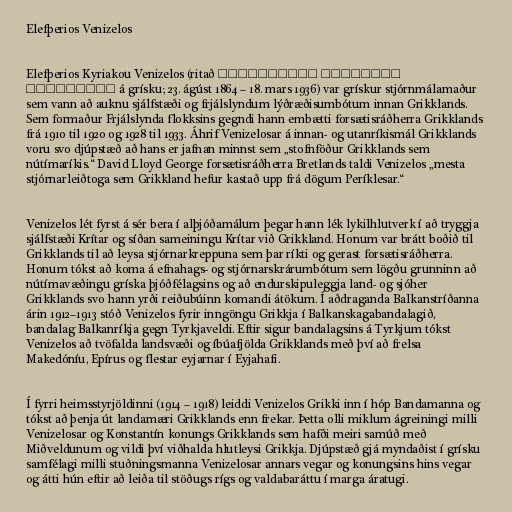
Elefþerios Venizelos

Elefþerios Kyriakou Venizelos (ritað Ελευθέριος Κυριάκου
Βενιζέλος á grísku; 23. ágúst 1864 – 18. mars 1936) var grískur stjórnmálamaður
sem vann að auknu sjálfstæði og frjálslyndum lýðræðisumbótum innan Grikklands.
Sem formaður Frjálslynda flokksins gegndi hann embætti forsætisráðherra Grikklands
frá 1910 til 1920 og 1928 til 1933. Áhrif Venizelosar á innan- og utanríkismál Grikklands
voru svo djúpstæð að hans er jafnan minnst sem „stofnföður Grikklands sem
nútímaríkis.“ David Lloyd George forsætisráðherra Bretlands taldi Venizelos „mesta
stjórnarleiðtoga sem Grikkland hefur kastað upp frá dögum Períklesar.“

Venizelos lét fyrst á sér bera í alþjóðamálum þegar hann lék lykilhlutverk í að tryggja
sjálfstæði Krítar og síðan sameiningu Krítar við Grikkland. Honum var brátt boðið til
Grikklands til að leysa stjórnarkreppuna sem þar ríkti og gerast forsætisráðherra.
Honum tókst að koma á efnahags- og stjórnarskrárumbótum sem lögðu grunninn að
nútímavæðingu gríska þjóðfélagsins og að endurskipuleggja land- og sjóher
Grikklands svo hann yrði reiðubúinn komandi átökum. Í aðdraganda Balkanstríðanna
árin 1912–1913 stóð Venizelos fyrir inngöngu Grikkja í Balkanskagabandalagið,
bandalag Balkanríkja gegn Tyrkjaveldi. Eftir sigur bandalagsins á Tyrkjum tókst
Venizelos að tvöfalda landsvæði og íbúafjölda Grikklands með því að frelsa
Makedóníu, Epírus og flestar eyjarnar í Eyjahafi.

Í fyrri heimsstyrjöldinni (1914 – 1918) leiddi Venizelos Grikki inn í hóp Bandamanna og
tókst að þenja út landamæri Grikklands enn frekar. Þetta olli miklum ágreiningi milli
Venizelosar og Konstantín konungs Grikklands sem hafði meiri samúð með
Miðveldunum og vildi því viðhalda hlutleysi Grikkja. Djúpstæð gjá myndaðist í grísku
samfélagi milli stuðningsmanna Venizelosar annars vegar og konungsins hins vegar
og átti hún eftir að leiða til stöðugs rígs og valdabaráttu í marga áratugi.